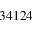
3 4 1 2 4